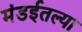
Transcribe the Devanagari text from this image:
मंडईतल्या